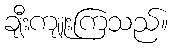
ချီးကျူးကြသည်။